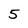
Character: 5